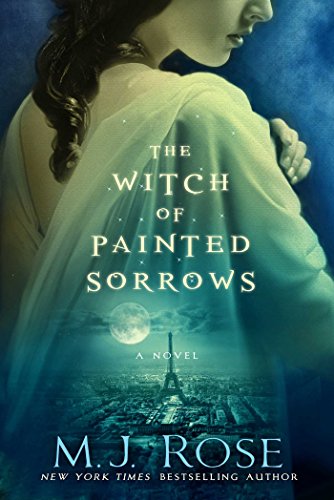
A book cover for The Witch of Painted Sorrows (Daughters of La Lune); M. J. Rose; Romance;